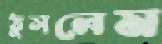
ঠুসলেম